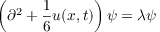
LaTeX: \left( \partial ^ { 2 } + { \frac { 1 } { 6 } } u ( x , t ) \right) \psi = \lambda \psi